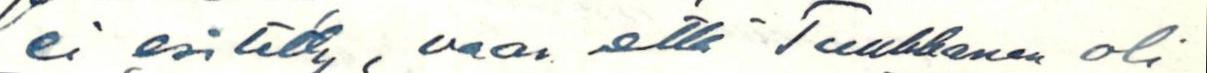
ei esitetty, vaan että Tuukkanen oli